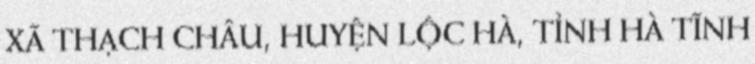
XÃ THẠCH CHÂU, HUYỆN LỘC HÀ, TỈNH HÀ TĨNH